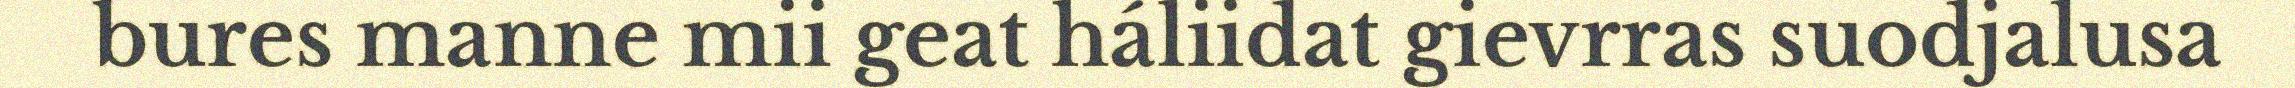
bures manne mii geat háliidat gievrras suodjalusa